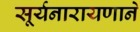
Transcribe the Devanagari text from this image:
सूर्यनारायणाने